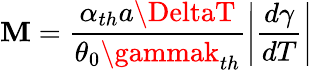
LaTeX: \mathbf{M}=\frac{{\alpha_{th}a\DeltaT}}{{\theta_{0}\gammak_{th}}}\left|\frac{{d\gamma}}{{dT}}\right|